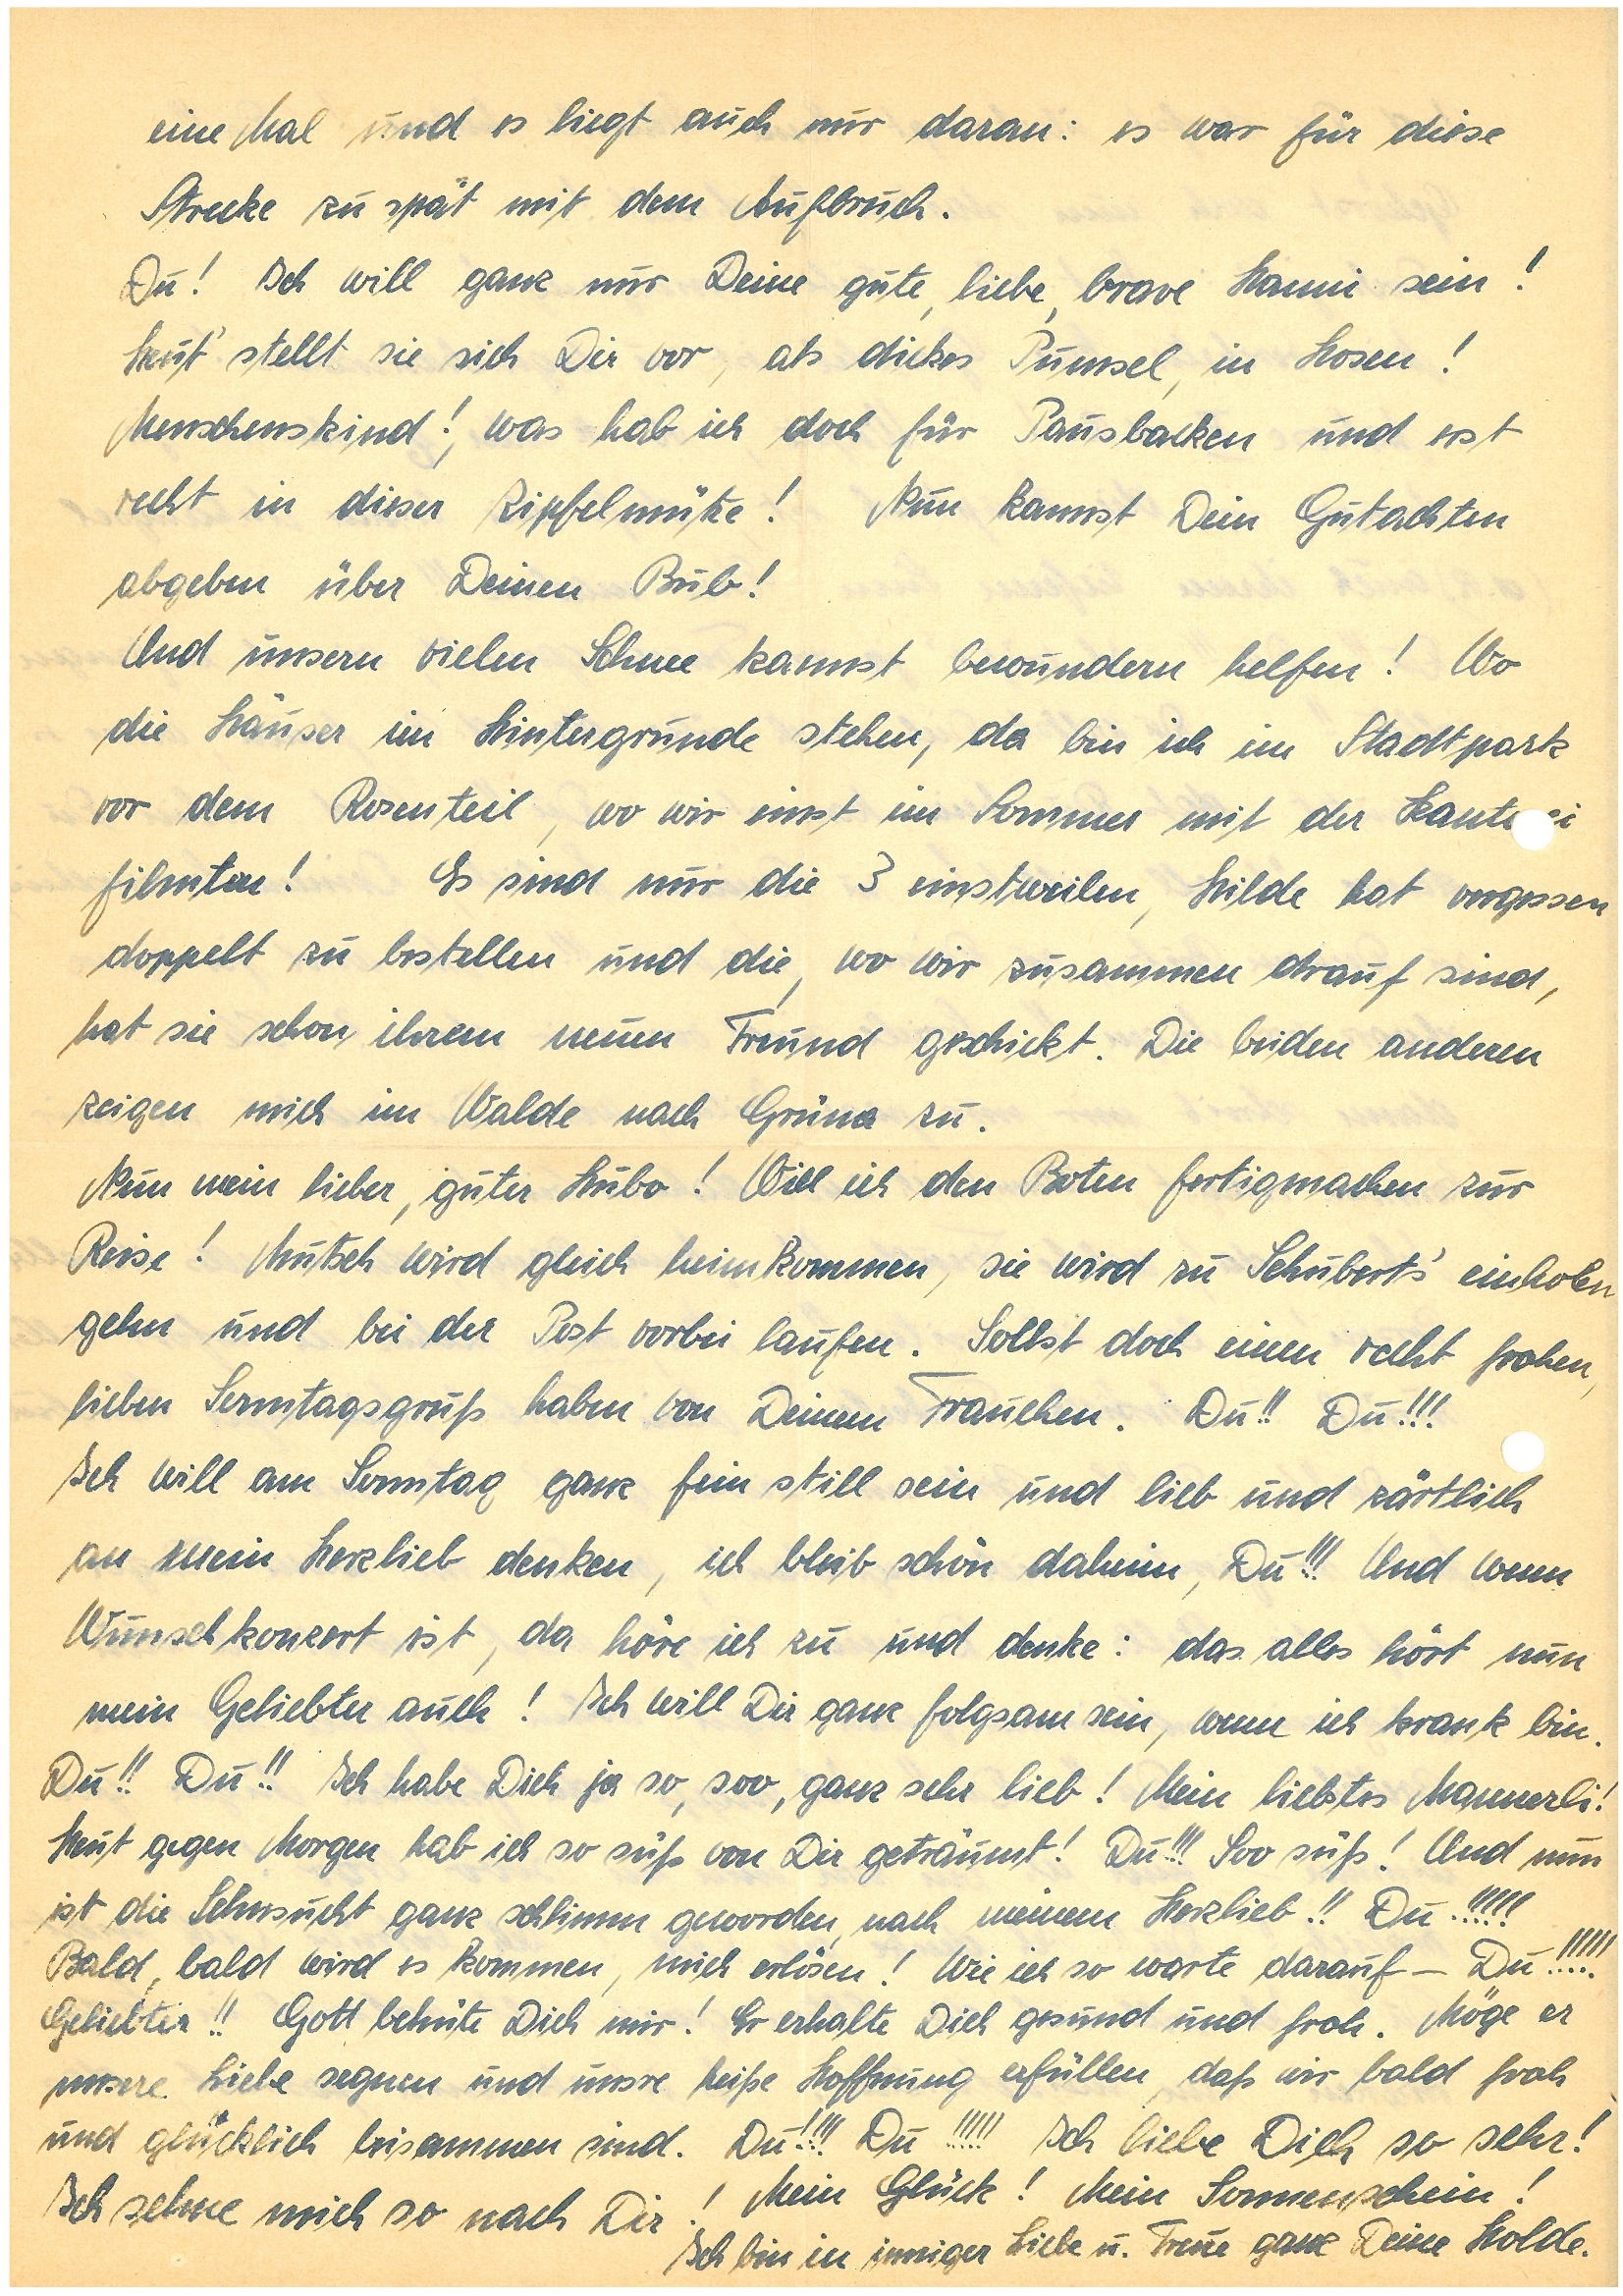
eine Mal und es liegt auch mir daran: es war für diese
Strecke zu spät mit dem Aufbruch.
Du! Ich will ganz nur Deine gute, liebe, brave sein!
Heut’ stellt sie sich Dir vor, als dickes Pumsel, in Hosen!
Menschenskind!, was hab ich doch für Pausbacken und erst
recht in dieser Zipfelmütze! Nun kannst Dein Gutachten
abgeben über Deinen Bub!
Und unsern vielen Schnee kannst bewundern helfen! Wo
die Häuser im Hintergrunde stehen, da bin ich im Stadtpark
vor dem Rosenteil, wo wir einst im Sommer mit der Kantei
filmten! Es sind nur die 3 einstweilen, Hilde hat vergessen
doppelt zu bestellen und die, wo wir zusammen drauf sind,
hat sie schon ihrem neuen Freund geschickt. Die beiden anderen
zeigen mich im Walde nach G. zu.
Nun mein lieber, guter Hubo! Will ich den Boden fertigmachen zur
Reise! Mutsch wird gleich heimkommen, sie wird zu Schubert’s einholen
gehn und bei der Post vorbei laufen. Sollst doch einen recht frohen,
lieben Sonntagsgruß haben von Deinem Frauchen. Du!! Du!!!
Ich will am Sonntag ganz fein still sein und lieb und zärtlich
an mein Herzlieb denken, ich bleib schön daheim, Du!!! Und wenn
Wunschkonzert ist, da höre ich zu und denke: das alles hört nun
mein Geliebter auch! Ich will Dir ganz folgsam sein, wenn ich krank bin.
Du!! Du!! Ich hab dich ja so, soo, ganz sehr lieb! Mein liebstes Mannerli!
Heut gegen Morgen hab ich so süß von Dir geträumt! Du!!! Soo süß! Und nun
ist die Sehnsucht ganz schlimm geworden, nach meinem Herzlieb!! Du!!!!!
Bald, bald wird es kommen, mich erlösen! Wie ich so warte darauf – Du!!!!!
Geliebter!! Gott behüte Dich mir! Er erhalte Dich gesund und froh. Möge er
unsere Liebe segnen und unsre heiße Hoffnung erfüllen, daß wir bald froh
und glücklich beisammen sind. Du!!!! Du!!!!! Ich liebe Dich so sehr!
Mein Glück! Mein Sonnenschein!
Ich sehne mich nach Dir!
Ich bin in inniger Liebe u Treue ganz Deine Holde.